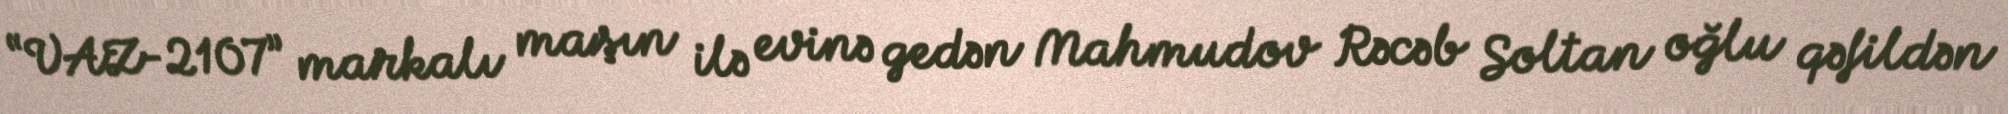
“VAZ-2107” markalı maşın ilə evinə gedən Mahmudov Rəcəb Soltan oğlu qəfildən